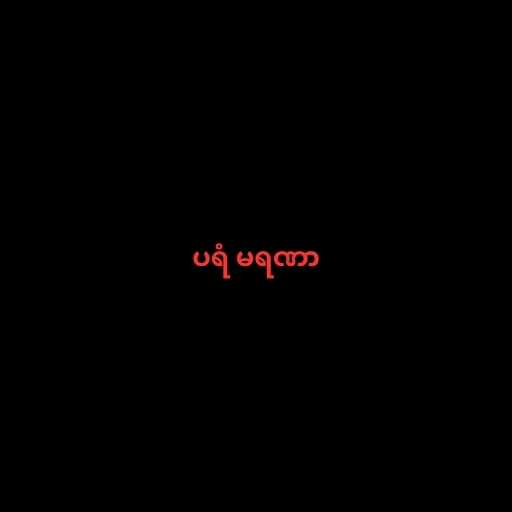
ပရံ မရဏာ